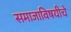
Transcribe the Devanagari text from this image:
समाजाविषयीचे